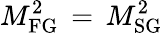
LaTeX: M_{\mathrm{FG}}^{2}\, =\, M_{\mathrm{SG}}^{2}